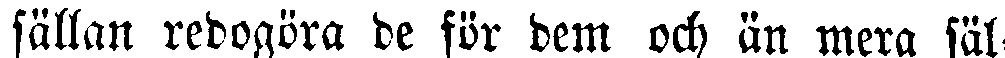
sällan redogöra de för dem och än mera säl-